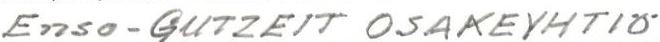
Enso-GUTZEIT OSAKEYHTIÖ